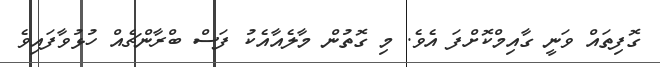
ގޮފިތައް ވަނީ ގާއިމްކޮށްފަ އެވެ. މި ގޮތުން މާލެއާއެކު ފަސް ބްރާންޗެއް ހުޅުވާފައިވެ